Annual report on the working of the mental hospitals in the Madras Presidency - 1912-1932
Year: 1912
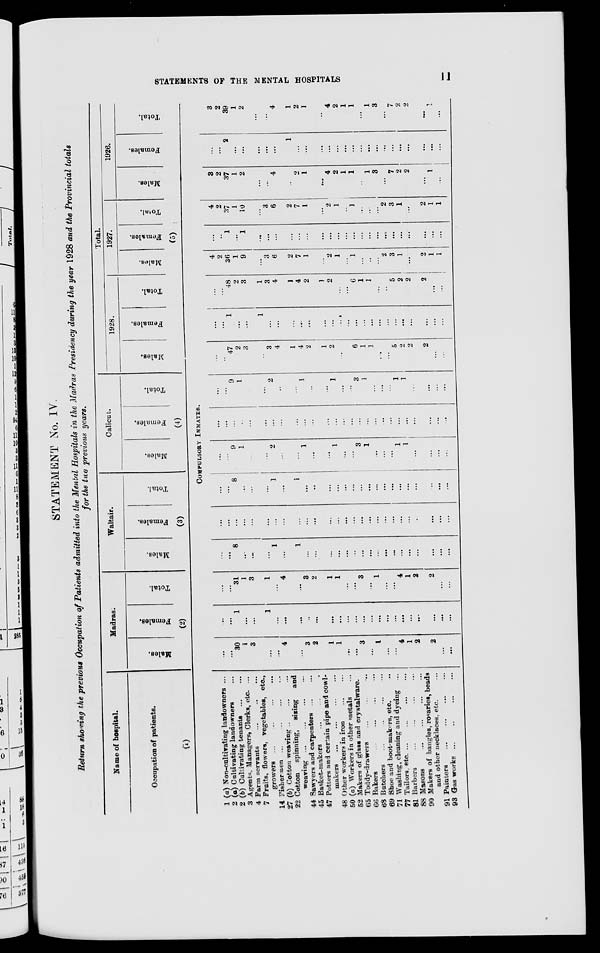
STATEMENTS OF THE MENTAL HOSPITALS
11
STATEMENT No. IV.
Return showing the previous Occupation of Patients admitted into the Mental Hospitals in the Madras Presidency during the year 1928 and the Provincial totals
for the two previous years.
Name of hospital.
Occupation of patients.
(1)
Madras.
Males.
Females.
Total.
(2)
Waltair.
Males.
Females.
Total.
(3)
Calicut.
Males.
Females.
Total.
(4)
Total.
1928.
Males.
Females.
Total.
1927.
Males.
Females.
Total.
1926.
Males.
Females.
Total.
(5)
COMPULSORY INMATES.
1 (a) Non-cultivating landowners ...
2 (a) Cultivating landowners ...
2 (b) Cultivating tenants
...
...
3 Agents Managers, Clerks, etc. ...
4 Farm servants ... ... ...
7 Fruits, flowers, vegetables, etc.,
growers ... ... ... ...
14. Fishermen ...
...
...
...
27 (b) Cotton weaving
...
...
...
22 Cotton
spinning,
sizing and
weaving ...
...
...
...
44 Sawyers and carpenters ...
45 Basket-makers ... ... ...
47 Potters and certain pipe and cowl-
makers ... ... ... ...
48 Other workers in iron ... ...
50 (a) Workers in other metals ...
52 Makers of glass and crystalware.
65 Toddy-drawers ... ... ...
66 Bakers
...
...
...
...
68 Butchers
...
...
...
...
69 Shoe and boot-makers, etc. ...
71 Washing, cleaning and dyeing ...
77 Tailors, etc. ... ... ... ...
81 Barbers ... ... ... ...
88 Masons
...
...
...
...
90 Makers of bangles, rosaries, beads
and other necklaces, etc. ...
91 Painters
...
...
...
...
93 Gas works
...
...
...
...
...
...
30
1
3
...
...
4
...
3
2
1
1
...
...
3
...
1
...
...
4
1
2
2
...
...
...
...
1
...
...
1
...
...
...
...
...
...
...
...
...
...
...
...
...
...
...
...
...
...
...
...
...
...
31
1
3
1
...
4
...
3
2
1
1
...
...
3
...
1
...
...
4
1
2
2
...
...
...
...
8
...
....
...
1
...
1
...
...
...
...
...
...
...
...
...
...
...
...
...
...
...
...
...
...
...
...
...
...
...
...
...
...
...
...
...
...
...
...
...
...
...
...
...
...
...
...
...
...
...
...
...
8
...
...
...
1
...
1
...
...
...
...
...
...
...
...
...
...
...
...
...
...
...
...
...
...
...
9
1
...
...
2
...
...
1
...
...
1
...
...
3
1
...
...
...
1
1
...
...
...
...
...
...
...
...
...
...
...
...
...
...
...
...
...
...
...
...
...
...
...
...
...
...
...
...
...
...
...
...
9
1
...
...
2
...
...
1
...
...
1
...
...
3
1
...
...
...
1
1
...
...
...
...
...
...
47
2
3
...
3
4
1
4
2
1
2
...
...
6
1
1
...
...
5
2
2
2
...
...
...
...
1
...
...
1
...
...
...
...
...
...
...
...
...
...
...
...
...
...
...
...
...
...
...
...
...
...
48
2
3
1
3
4
1
4
2
1
2
...
...
6
1
1
...
...
5
2
2
2
...
...
4
2
36
1
9
...
3
6
2
7
1
...
2
1
...
1
...
...
...
2
3
1
...
2
1
1
...
...
1
...
1
...
...
...
...
...
...
...
...
...
...
...
...
...
...
...
...
...
...
...
...
...
4
2
37
1
10
...
3
6
2
7
1
...
2
1
...
1
...
...
...
2
3
1
...
2
1
1
3
2
37
1
2
...
...
4
...
2
1
...
4
2
1
1
...
1
3
...
7
2
2
...
1
...
...
...
2
...
...
...
...
...
1
...
...
...
...
...
...
...
...
...
...
...
...
...
...
...
...
...
3
2
39
1
2
...
...
4
1
2
1
...
4
2
1
1
...
1
3
...
7
2
2
...
1
...